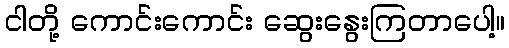
ငါတို့ ကောင်းကောင်း ဆွေးနွေးကြတာပေါ့။